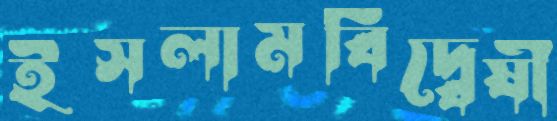
ইসলামবিদ্বেষী